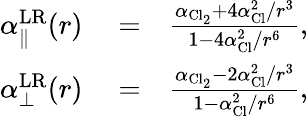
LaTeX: \begin{array}{rlr}{\alpha_{\parallel}^{\mathrm{LR}}(r)}&{{}=}&{\frac{\alpha_{\mathrm{Cl_{2}}}+4\alpha_{\mathrm{Cl}}^{2}/r^{3}}{1-4\alpha_{\mathrm{Cl}}^{2}/r^{6}},}\\ {\alpha_{\bot}^{\mathrm{LR}}(r)}&{{}=}&{\frac{\alpha_{\mathrm{Cl_{2}}}-2\alpha_{\mathrm{Cl}}^{2}/r^{3}}{1-\alpha_{\mathrm{Cl}}^{2}/r^{6}},}\end{array}